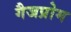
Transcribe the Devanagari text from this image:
गैजप्रोम